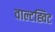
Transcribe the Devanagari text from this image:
वाल्टह्विट